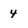
Character: 4